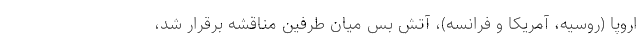
اروپا (روسیه، آمریکا و فرانسه)، آتش بس میان طرفین مناقشه برقرار شد،